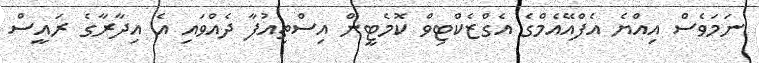
ނަމަވެސް އިއްޔެ އެފްއޭއެމްގެ އެގްޒެކްޓިވް ކޮމެޓީން އިސްތިއުފާ ދެއްވައި އެ އިދާރާގެ ރައީސް